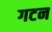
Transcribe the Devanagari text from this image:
गटन